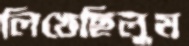
লিখেছিলুম